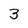
Character: 3